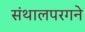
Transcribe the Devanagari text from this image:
संथालपरगने